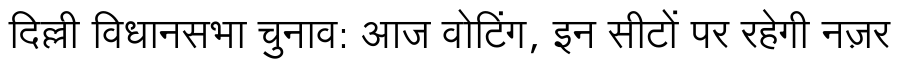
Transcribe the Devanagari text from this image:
दिल्ली विधानसभा चुनाव: आज वोटिंग, इन सीटों पर रहेगी नज़र